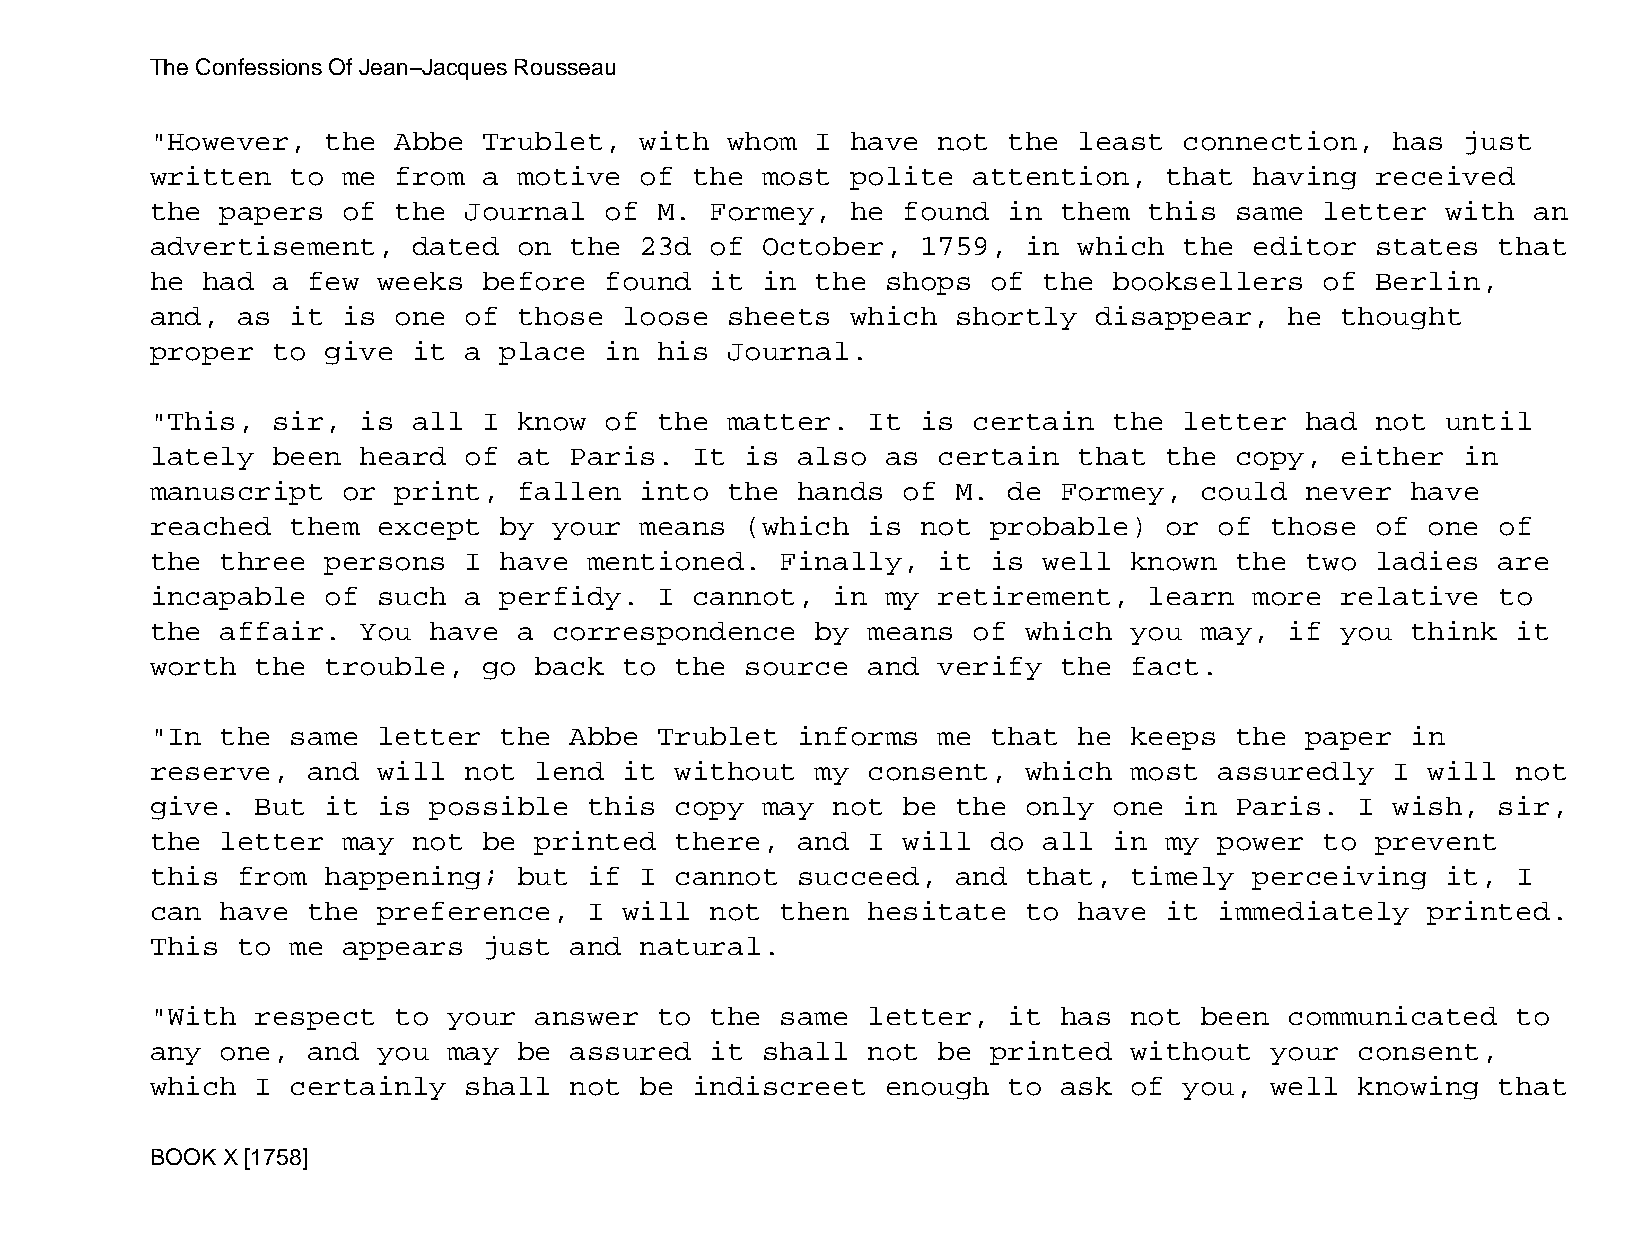
The Confessions Of Jean−Jacques Rousseau
 "However,   the Abbe  Trublet,  with  whom  I have  not  the least  connection,   has  just
 written  to  me from  a motive  of  the most  polite  attention,   that  having  received
 the  papers  of the  Journal  of  M. Formey,  he  found  in them  this  same  letter  with an
 advertisement,   dated  on  the 23d  of October,   1759,  in which  the  editor  states  that
 he had  a few  weeks  before  found  it in  the  shops  of the  booksellers   of Berlin,
 and,  as it  is one  of those  loose  sheets  which  shortly  disappear,   he  thought
 proper  to  give it  a place  in  his Journal.
 "This,  sir,  is all  I know  of  the matter.  It  is certain   the letter  had  not  until
 lately  been  heard  of at  Paris.  It is  also  as certain  that  the  copy,  either  in
 manuscript   or print,  fallen  into  the  hands  of M.  de Formey,  could  never  have
 reached  them  except  by  your means  (which  is  not  probable)  or  of those  of  one of
 the  three  persons  I have  mentioned.   Finally,  it  is well  known  the two  ladies  are
 incapable   of such  a perfidy.   I cannot,  in  my retirement,   learn  more  relative  to
 the  affair.  You have  a  correspondence   by means  of  which  you may,  if  you think  it
 worth  the  trouble,  go back  to  the source  and  verify  the  fact.
 "In  the same  letter  the  Abbe  Trublet  informs  me  that he  keeps  the paper  in
 reserve,  and  will  not lend  it  without  my consent,   which  most  assuredly  I  will not
 give.  But  it is possible   this  copy may  not  be the  only  one in  Paris.  I wish,  sir,
 the  letter  may not  be printed   there,  and I  will  do all  in my  power  to prevent
 this  from  happening;  but  if I  cannot  succeed,  and  that,  timely  perceiving   it, I
 can  have the  preference,   I will  not  then hesitate   to have  it  immediately   printed.
 This  to me  appears  just  and natural.
 "With  respect  to  your answer   to the  same letter,   it has  not been  communicated   to
 any  one, and  you  may be  assured  it shall  not  be  printed  without  your  consent,
 which  I certainly   shall  not be  indiscreet   enough  to ask  of you,  well  knowing  that
 BOOK X [1758]